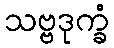
သဗ္ဗဒုက္ခံ